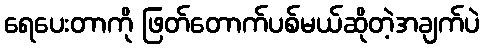
ရေပေးတာကို ဖြတ်တောက်ပစ်မယ်ဆိုတဲ့အချက်ပဲ